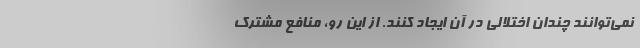
نمی‌توانند چندان اختلالی در آن ایجاد کنند. از این رو، منافع مشترک